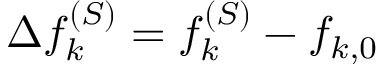
\Delta f _ { k } ^ { ( S ) } = f _ { k } ^ { ( S ) } - f _ { k , 0 }